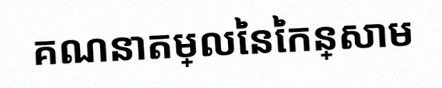
គណនាតម្លៃនៃកន្សោម